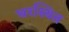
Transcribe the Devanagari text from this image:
घरस्थित